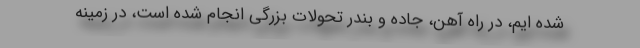
شده ایم، در راه آهن، جاده و بندر تحولات بزرگی انجام شده است، در زمینه